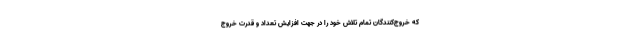
که خروج‌کنندگان تمام تلاش خود را در جهت افزایش تعداد و قدرت خروج‌